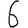
Digit: 6